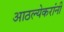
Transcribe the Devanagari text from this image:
आठल्येकरांनी